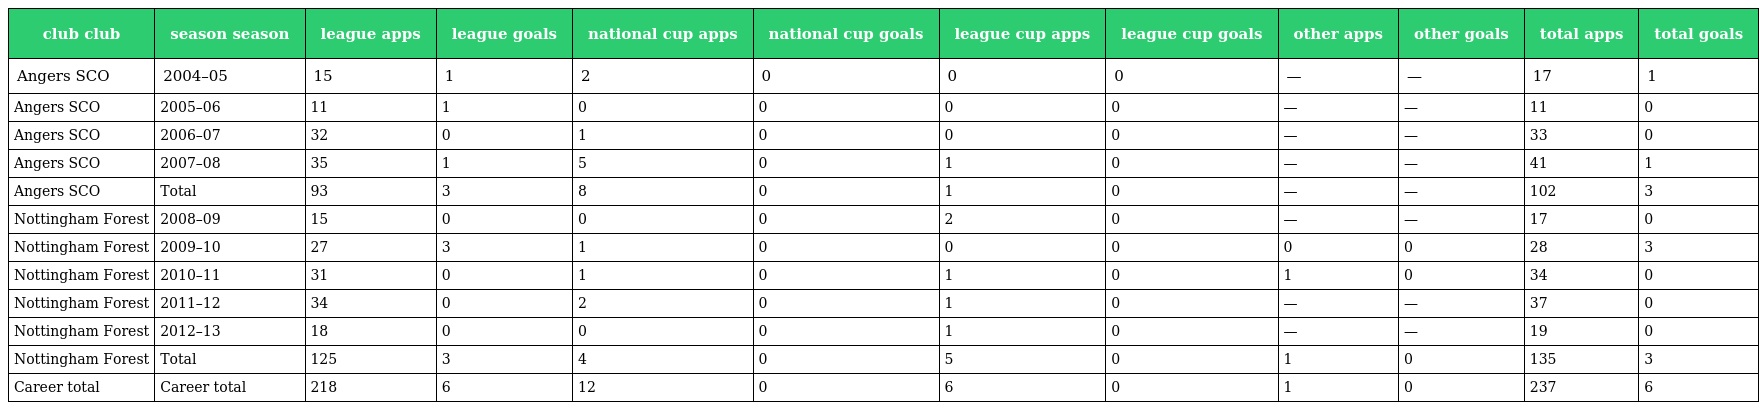
| club club | season season | league apps | league goals | national cup apps | national cup goals | league cup apps | league cup goals | other apps | other goals | total apps | total goals |
 | --- | --- | --- | --- | --- | --- | --- | --- | --- | --- | --- | --- |
 | Angers SCO | 2004–05 | 15 | 1 | 2 | 0 | 0 | 0 | — | — | 17 | 1 |
 | Angers SCO | 2005–06 | 11 | 1 | 0 | 0 | 0 | 0 | — | — | 11 | 0 |
 | Angers SCO | 2006–07 | 32 | 0 | 1 | 0 | 0 | 0 | — | — | 33 | 0 |
 | Angers SCO | 2007–08 | 35 | 1 | 5 | 0 | 1 | 0 | — | — | 41 | 1 |
 | Angers SCO | Total | 93 | 3 | 8 | 0 | 1 | 0 | — | — | 102 | 3 |
 | Nottingham Forest | 2008–09 | 15 | 0 | 0 | 0 | 2 | 0 | — | — | 17 | 0 |
 | Nottingham Forest | 2009–10 | 27 | 3 | 1 | 0 | 0 | 0 | 0 | 0 | 28 | 3 |
 | Nottingham Forest | 2010–11 | 31 | 0 | 1 | 0 | 1 | 0 | 1 | 0 | 34 | 0 |
 | Nottingham Forest | 2011–12 | 34 | 0 | 2 | 0 | 1 | 0 | — | — | 37 | 0 |
 | Nottingham Forest | 2012–13 | 18 | 0 | 0 | 0 | 1 | 0 | — | — | 19 | 0 |
 | Nottingham Forest | Total | 125 | 3 | 4 | 0 | 5 | 0 | 1 | 0 | 135 | 3 |
 | Career total | Career total | 218 | 6 | 12 | 0 | 6 | 0 | 1 | 0 | 237 | 6 |